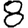
Digit: 8